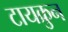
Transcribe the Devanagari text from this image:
टायक्रुन